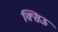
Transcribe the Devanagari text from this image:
क्सिऊ